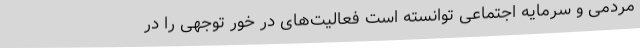
مردمی و سرمایه اجتماعی توانسته است فعالیت‌های در خور توجهی را در